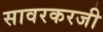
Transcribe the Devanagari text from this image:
सावरकरजी